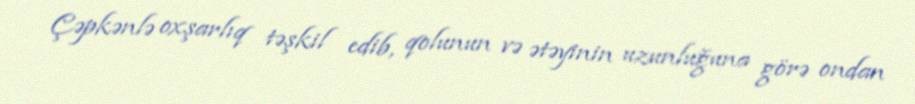
Çəpkənlə oxşarlıq təşkil edib, qolunun və ətəyinin uzunluğuna görə ondan